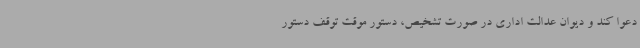
دعوا کند و دیوان عدالت اداری در صورت تشخیص، دستور موقت توقف دستور